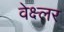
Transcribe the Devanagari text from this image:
वेक्ष्लर